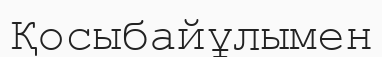
Қосыбайұлымен